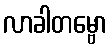
လာခါတမ္ဗော